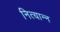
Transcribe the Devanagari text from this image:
नित्यान्न